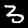
Digit: 3